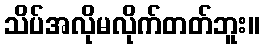
သိပ်အလိုမလိုက်တတ်ဘူး။